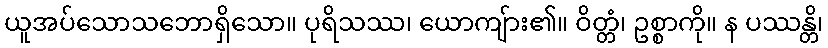
ယူအပ်သောသဘောရှိသော။ ပုရိသဿ၊ ယောကျ်ား၏။ ဝိတ္တံ၊ ဥစ္စာကို။ န ပဿန္တိ၊